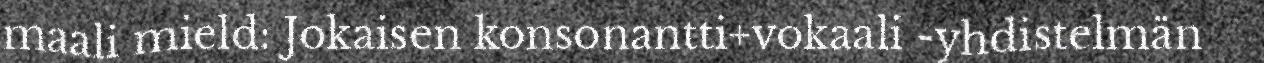
maali mield: Jokaisen konsonantti+vokaali -yhdistelmän